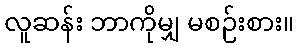
လူဆန်း ဘာကိုမျှ မစဉ်းစား။